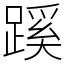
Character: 蹊